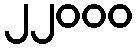
၂၂၀၀၀